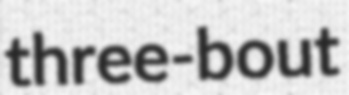
three-bout